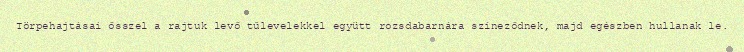
Törpehajtásai ősszel a rajtuk levő tűlevelekkel együtt rozsdabarnára színeződnek, majd egészben hullanak le.